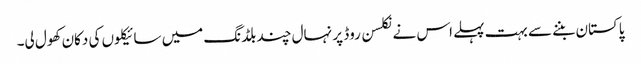
پاکستان بننے سے بہت پہلے اس نے نکلسن روڈ پر نہال چند بلڈنگ میں سائیکلوں کی دکان کھول لی۔